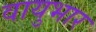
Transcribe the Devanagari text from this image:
वायुभार